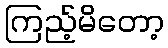
ကြည့်မိတော့